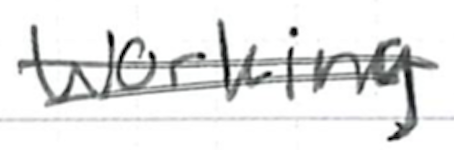
Text: working
Cross-out: double-line
Writing tool: ballpoint